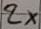
Text: 2×